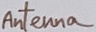
Text: Antenna